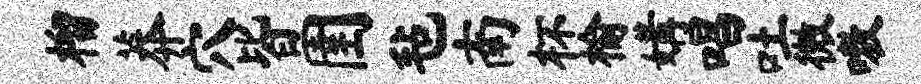
榴莽穴皆圉毡南杯榆媾唱吐微嗷